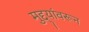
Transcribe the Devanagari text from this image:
मुद्द्यांवरून